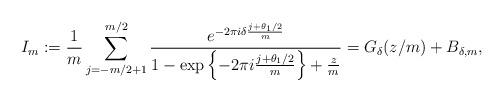
LaTeX: \begin{align*} I_m := \frac{1}{m} \sum_{ j = -m/2+1}^{m/2} \frac{e^{-2\pi i \delta \frac{j+\theta_1/2}{m}} }{1 - \exp \left\{ - 2 \pi i \frac{ j + \theta_1/2}{m} \right\} + \frac{z}{m} } = G_\delta(z/m) + B_{\delta,m},\end{align*}